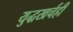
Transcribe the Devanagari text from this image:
युद्धखर्चही